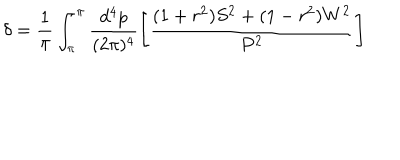
LaTeX: \delta = \frac { 1 } { \pi } \int _ { \pi } ^ { \pi } \frac { d ^ { 4 } p } { ( 2 \pi ) ^ { 4 } } \left[ \frac { ( 1 + r ^ { 2 } ) S ^ { 2 } + ( 1 - r ^ { 2 } ) W ^ { 2 } } { P ^ { 2 } } \right]